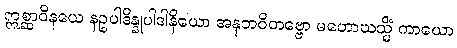
ဣစ္ဆာဝိနယေ နဥပါဒိန္နုပါဒါနိယော အနုဘဝိတဗ္ဗော မဟောဃသ္မိံ ကာယော